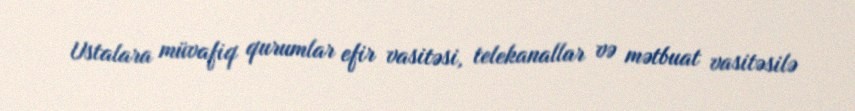
Ustalara müvafiq qurumlar efir vasitəsi, telekanallar və mətbuat vasitəsilə